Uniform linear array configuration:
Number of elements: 64
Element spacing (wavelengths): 0.75
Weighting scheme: hann
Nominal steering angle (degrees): -15
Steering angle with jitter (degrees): -13.713
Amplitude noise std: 0.05
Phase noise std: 0.05

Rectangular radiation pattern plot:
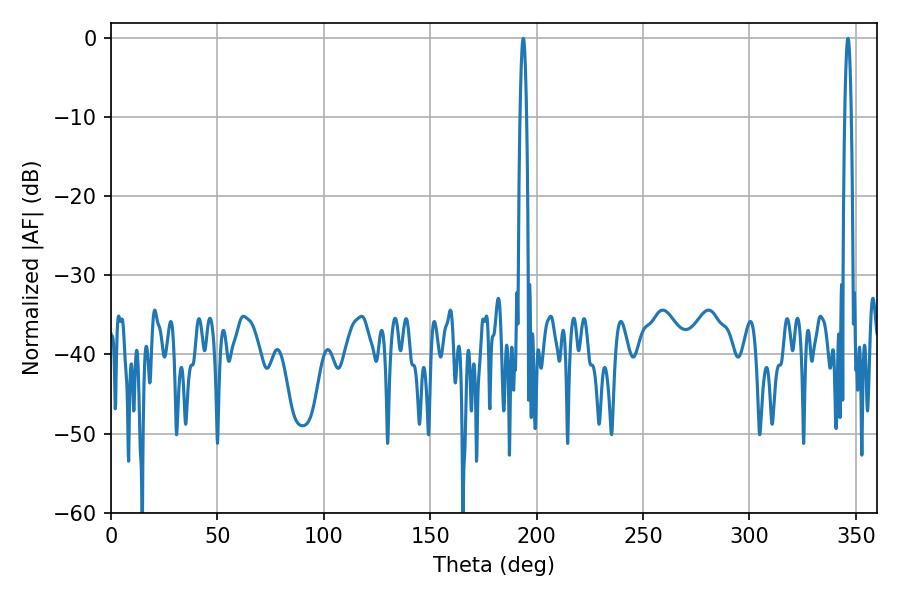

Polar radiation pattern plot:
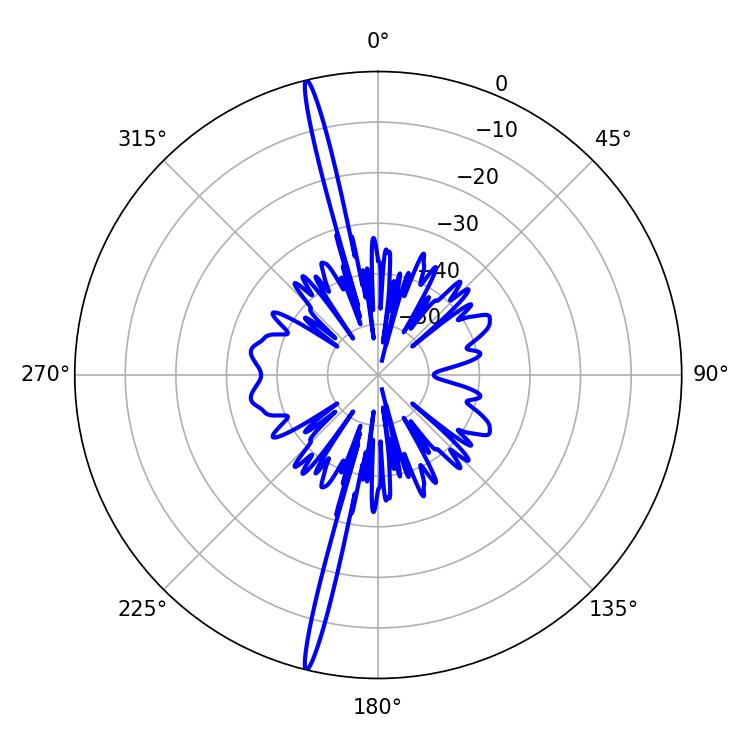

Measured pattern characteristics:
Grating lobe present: TRUE
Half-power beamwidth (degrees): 1.62
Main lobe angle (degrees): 193.68